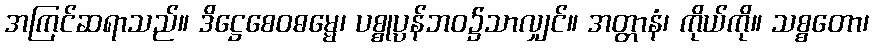
အကြင်ဆရာသည်။ ဒိဋ္ဌေစေဝဓမ္မေ၊ ပစ္စုပ္ပန်ဘဝ၌သာလျှင်။ အတ္တာနံ၊ ကိုယ်ကို။ သစ္စတော၊